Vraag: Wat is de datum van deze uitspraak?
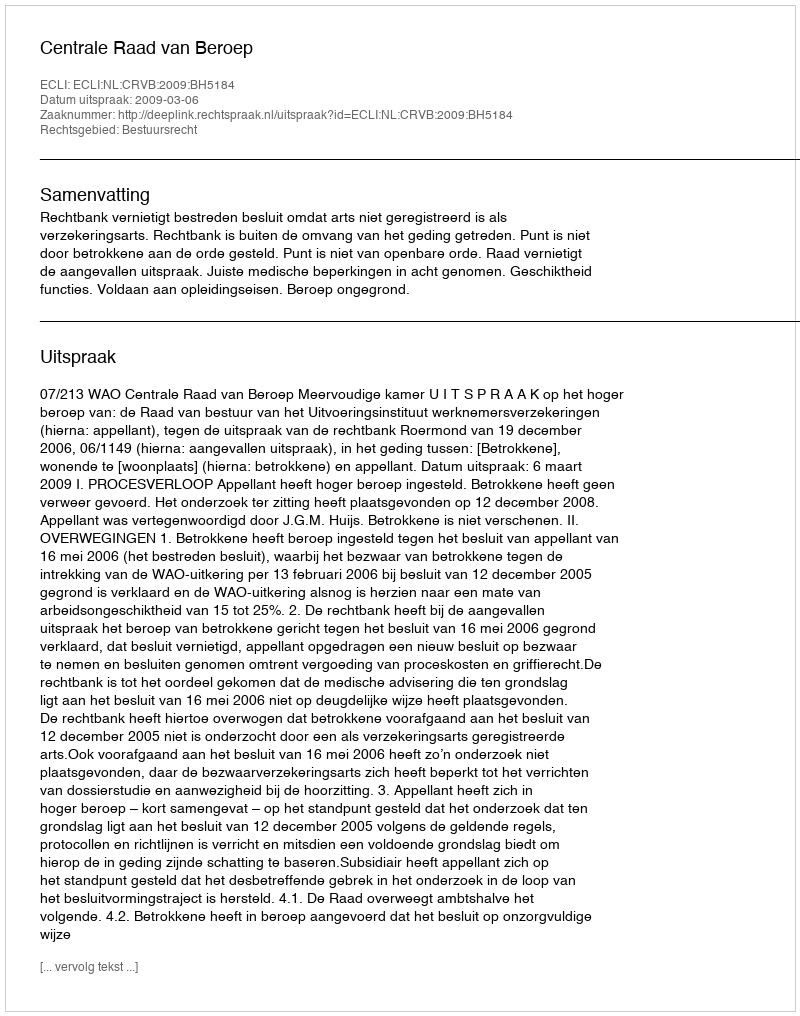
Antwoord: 2009-03-06